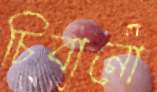
চিবানো